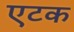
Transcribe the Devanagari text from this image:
एटक